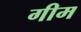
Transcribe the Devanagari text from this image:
गीम